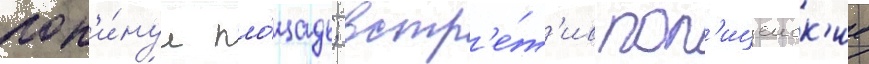
пок'и́нул пло́щадь; встр'е́т'ив пол'ицеиск'ие